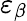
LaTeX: \varepsilon_{\beta}